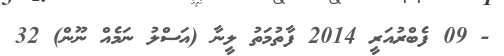
- 09 ފެބްރުއަރީ 2014 ފާތުމަތު ލީނާ (އަސްލު ނަމެއް ނޫން) 32